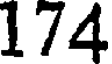
174